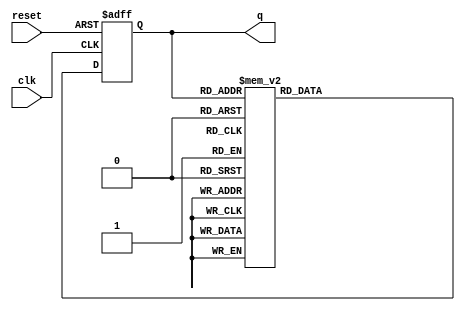
module async_counter (
    input wire clk,       // Clock input
    input wire reset,     // Asynchronous reset input
    output reg [2:0] q    // 3-bit output for the counter
);

// Asynchronous reset and counting logic
always @(posedge clk or posedge reset) begin
    if (reset) begin
        q <= 3'b000; // Reset the counter to 0
    end else begin
        case (q)
            3'b000: q <= 3'b001;
            3'b001: q <= 3'b010;
            3'b010: q <= 3'b011;
            3'b011: q <= 3'b100;
            3'b100: q <= 3'b101;
            3'b101: q <= 3'b110;
            3'b110: q <= 3'b111;
            3'b111: q <= 3'b000; // Overflow back to 0
            default: q <= 3'b000; // Default case
        endcase
    end
end

endmodule